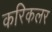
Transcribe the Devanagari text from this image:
करिकलर